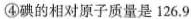
④碘的相对原子质量是126.9